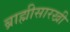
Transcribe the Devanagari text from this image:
ब्राह्मीसारखी